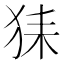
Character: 𤞖